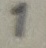
Text: 1